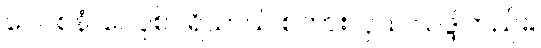
ဝေဝစနံ၊ ဝေဝုစ်ပရိယာယ် စကားလှယ် သဒ္ဒါတည်း။